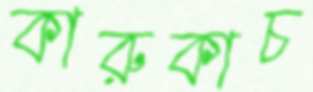
কারুকাচ